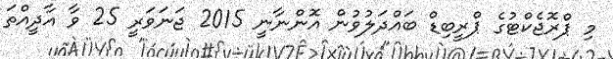
މި ޕްރޮޖެކްޓުގެ ޕްރީބިޑް ބައްދަލުވުން އޮންނާނީ 2015 ޖަނަވަރީ 25 ވާ އާދީއްތަ